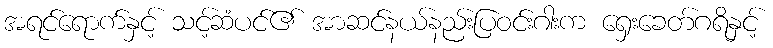
အရင်ရောက်နှင့် သင့်ဆံပင်၏ အာဆင်နယ်နည်းပြဝင်းဂါးက ရှေးခေတ်ဂရိနှင့်